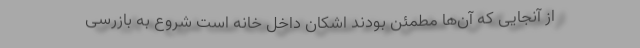
از آنجایی که آن‌ها مطمئن بودند اشکان داخل خانه است شروع به بازرسی